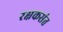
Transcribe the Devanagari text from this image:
रक्षकसंत